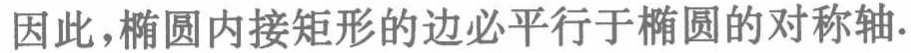
因此，椭圆内接矩形的边必平行于椭圆的对称轴.